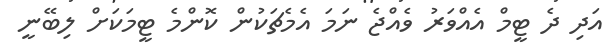
އަދި ދެ ޓީމް އެއްވަރު ވެއްޖެ ނަމަ އެމެޗަކުން ކޮންމެ ޓީމަކަށް ލިބޭނީ